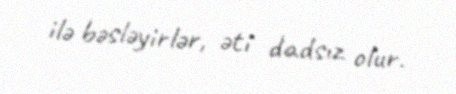
ilə bəsləyirlər, əti dadsız olur.